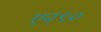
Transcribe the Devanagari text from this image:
एन९०